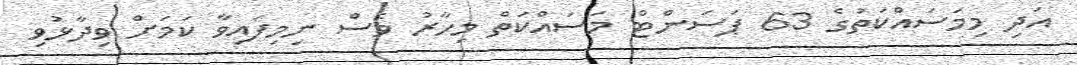
އަދި މިމަސައްކަތުގެ 63 ޕަސަންޓް މަސައްކަތް މިހާރު ވެސް ނިމިފައިވާ ކަމަށް ވިދާޅުވި